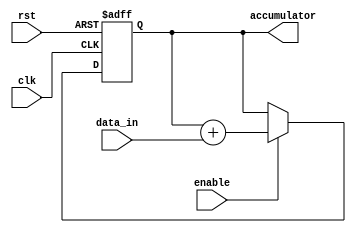
module accumulator(
    input clk,
    input rst,
    input [31:0] data_in,
    input enable,
    output reg [31:0] accumulator
);

always @(posedge clk or posedge rst)
begin
    if (rst)
        accumulator <= 0;
    else if (enable)
        accumulator <= accumulator + data_in;
end

endmodule